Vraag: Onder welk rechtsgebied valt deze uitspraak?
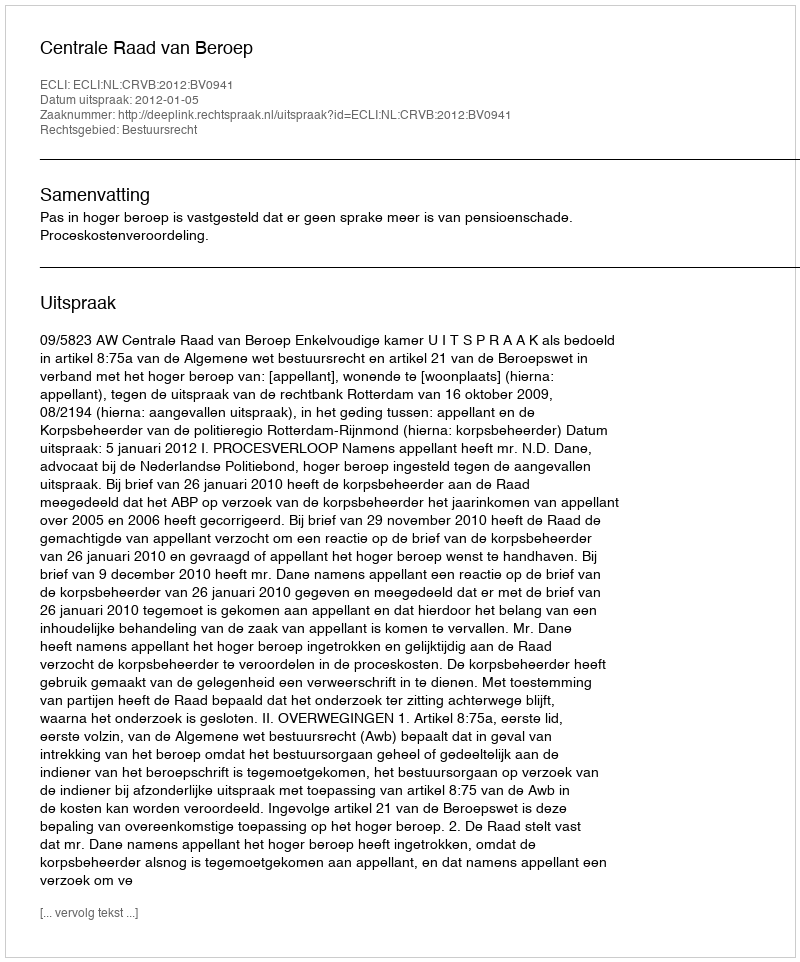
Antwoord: Bestuursrecht